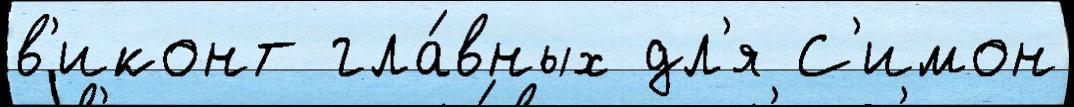
в'иконт гла́вных дл'я С'имон